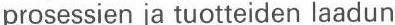
prosessien ja tuotteiden laadun